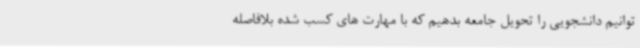
توانیم دانشجویی را تحویل جامعه بدهیم که با مهارت های کسب شده بلافاصله